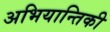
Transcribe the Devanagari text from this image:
अभियान्तिकी